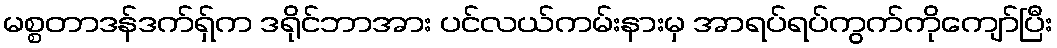
မစ္စတာဒန်ဒက်ရှ်က ဒရိုင်ဘာအား ပင်လယ်ကမ်းနားမှ အာရပ်ရပ်ကွက်ကိုကျော်ပြီး